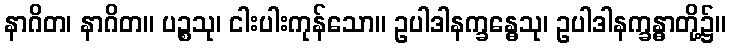
နာဂိတ၊ နာဂိတ။ ပဉ္စသု၊ ငါးပါးကုန်သော။ ဥပါဒါနက္ခန္ဓေသု၊ ဥပါဒါနက္ခန္ဓာတို့၌။